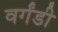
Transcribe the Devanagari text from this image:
वर्गंडी